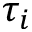
\tau _ { i }